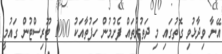
އޭނާ ވިދާޅުވި ގޮތުގައި މި ދަތުރުތައް ފެށުމުން ހަފުތާއަކު 1000 ޓޫރިސްޓުން ގައުމީ